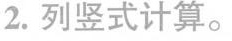
2.列竖式计算。